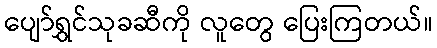
ပျော်ရွှင်သုခဆီကို လူတွေ ပြေးကြတယ်။